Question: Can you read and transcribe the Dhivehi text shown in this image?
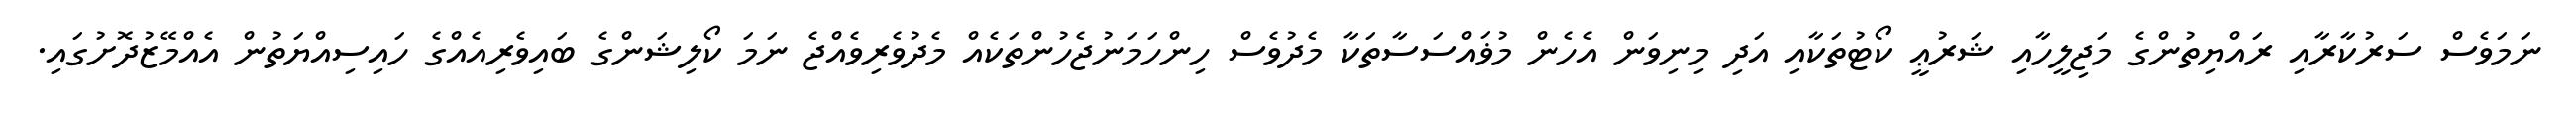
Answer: ނަމަވެސް ސަރުކާރާއި ރައްޔިތުންގެ މަޖިލީހާއި ޝަރުޢީ ކޯޓުތަކާއި އަދި މިނިވަން އެހެން މުޥައްސަސާތަކާ މެދުވެސް ހިންހަމަނުޖެހުންތަކެއް މެދުވެރިވެއްޖެ ނަމަ ކޯލިޝަންގެ ބައިވެރިއެއްގެ ހައިސިއްޔަތުން އެއްމޭޒުދޮށުގައި.